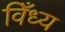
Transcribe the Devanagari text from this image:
विँध्य